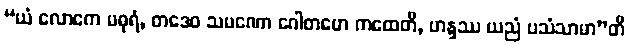
“ယံ လောကေ မဓုရံ, တဒေဝ သမဏော ဂေါတမော ကထေတိ, ဟန္ဒဿ ယညံ ပသံသာမာ”တိ